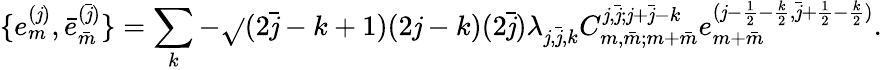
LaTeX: \{ e_{m}^{(\mathit{j})},\bar{{e}}_{\bar{{m}}}^{(\bar{{\mathit{j}}})}\} =\sum_{k}-\sqrt{}{{(2\bar{{\mathit{j}}}-k+1)(2\mathit{j}-k)}}(2\bar{{\mathit{j}}})\lambda_{\mathit{j},\bar{{\mathit{j}}},k}C_{m,\bar{{m}};m+\bar{{m}}}^{\mathit{j},\bar{{\mathit{j}}};\mathit{j}+\bar{{\mathit{j}}}-k}e_{m+\bar{{m}}}^{(\mathit{j}-\frac{{1}}{{2}}-\frac{{k}}{{2}},\bar{{\mathit{j}}}+\frac{{1}}{{2}}-\frac{{k}}{{2}})}.